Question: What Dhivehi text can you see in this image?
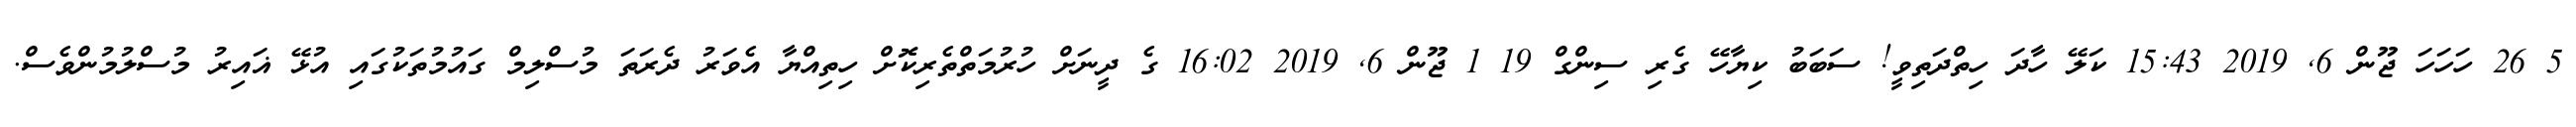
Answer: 5 26 ހަހަހަ ޖޫން 6, 2019 15:43 ކަލޭ ހާދަ ހިތްދަތިވީ! ސަބަބު ކިޔާހޭ ގެރި ސިންގް 19 1 ޖޫން 6, 2019 16:02 ގެ ދީނަށް ހުރުމަތްތެރިކޮށް ހިތިއްޔާ އެވަރު ދެރަތަ މުސްލިމް ގައުމުތަކުގައި އުޅޭ ޣައިރު މުސްލުމުންވެސް.